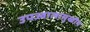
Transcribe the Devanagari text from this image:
उपज्वालामुखीय